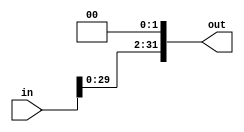
module shift_left #(parameter size=32)
(
input [size-1:0] in,
output [size-1:0] out
);
assign out=in<<2;
endmodule